Lunatic asylums Madras 1892-1911 - 1892-1911
Year: 1892
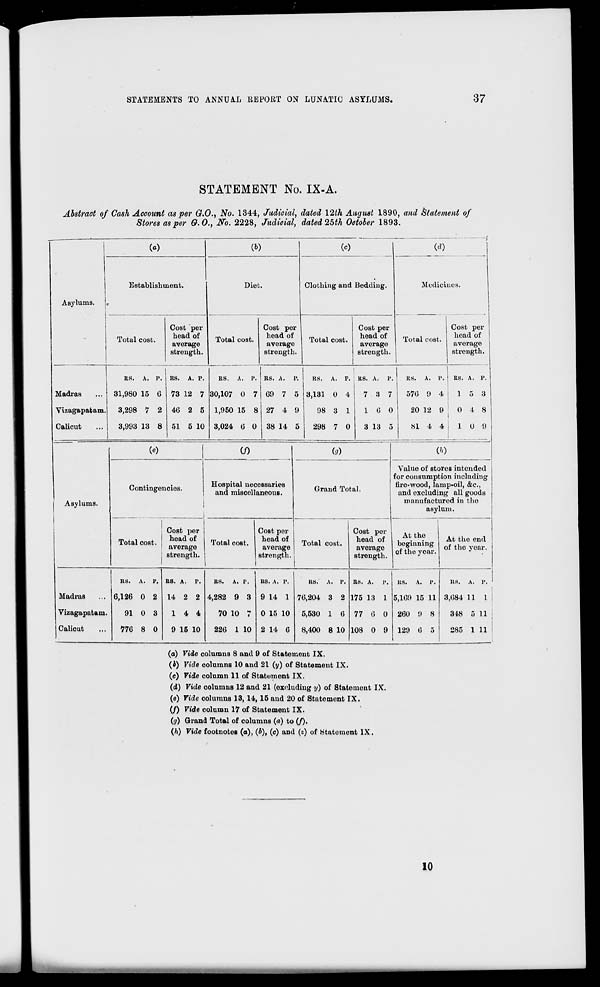
STATEMENTS TO ANNUAL REPORT ON LUNATIC ASYLUMS.
37
STATEMENT No. IX-A.
Abstract of Cash Account as per G.O., No. 1344, Judicial, dated 12th August 1890, and Statement of
Stores as per G.O., No. 2228, Judicial, dated 25th October 1893.
(a)
Asylums.
(&)
Establishment.
Total cost.
Cost per
head of
average
strength.
Diet.
00
(*)
Clothing and Bedding.
Total cost.
Cost per
head of
average
strength.
Total cost.
Cost per
head of
average
strength.
Medicines.
Total cost.
Cost per
head of
average
strength.
Madras
Vizagapatam,
Calicut
ES. A. p.
31,980 15 G
3,298 7 2
3,993 13 8
RS. A. p.
73 12 7
46 2 5
51 5 10
RS. A. P.
30,107 0 7
1,950 15 8
RS. A.
P.
69 7 5
27 4 9
3,024 6 0 38 14 5
KS.
A. P. KS. A.
P.
3,131 0 4
7 8 7
98 3 1
16 0
298 7 0
3 13 5
US.
A. I'. | RS. A. P.
576 9 4 115 3
20 12 9 : 0 4 8
I
81 4 4 I 1 o 9
I
Asylums.
w
Contingencies.
(/)
Hospital necessaries
and miscellaneous.
(il)
Total cost.
Cost per
head of
average
strength.
Total cost.
I
Cost per
head of
average
strength.
Grand Total.
Total cost.
Cost per
head of
CO
Value of stores intended
for consumption including
fire-wood, lamp-oil, &c,
and excluding all goods
manufactured in the
asylum.
At the
, beginning
average
e r,
"
,
J,
oi the year,
strength. '
At the end
of the year.
Madras
Vizagapatam.
Calicut
RS.
A.
p.
6,126 0 2
91 0 3
776 8 0
RS. A.
p.
14 2 2
1 4 4
9 15 10
RS.
A. P.
4,282 9 3
70 10 7
226 1 10
RS. A. P.
9 14 1
0 15 10
2 14 6
RS.
A. P.
76,204 3 2
5,530 1 6
8,400 8 10
RS. A.
p.
175 13 1
77 6 0
108 0 9
RS.
A. p.
5,169 15 11
260 9 8
129 6 5
|
RS. A. P.
3,684 11 I
348 5 11
285 1 11
(o) Vide columns 8 and 9 of Statement IX,
(i) Vide columns 10 and 21 (y) of Statement IX.
(c) Vide column 11 of Statement IX.
(d) Vide columns 12 and 21 (excluding y) of Statement IX.
(e) Vide columns 13, 14, 15 and 20 of Statement IX.
(/) Vide column 17 of Statement IX.
(g) Grand Total of columns («) to (/).
(h) Vide footnotes (o), (b), (c) and (s) of Statemont IX.
10